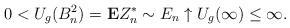
LaTeX: \begin{align*} 0<U_g(B_n^2)=\mathbf{E}Z^*_{{n}}\sim E_n\uparrow U_g(\infty)\le\infty.\end{align*}